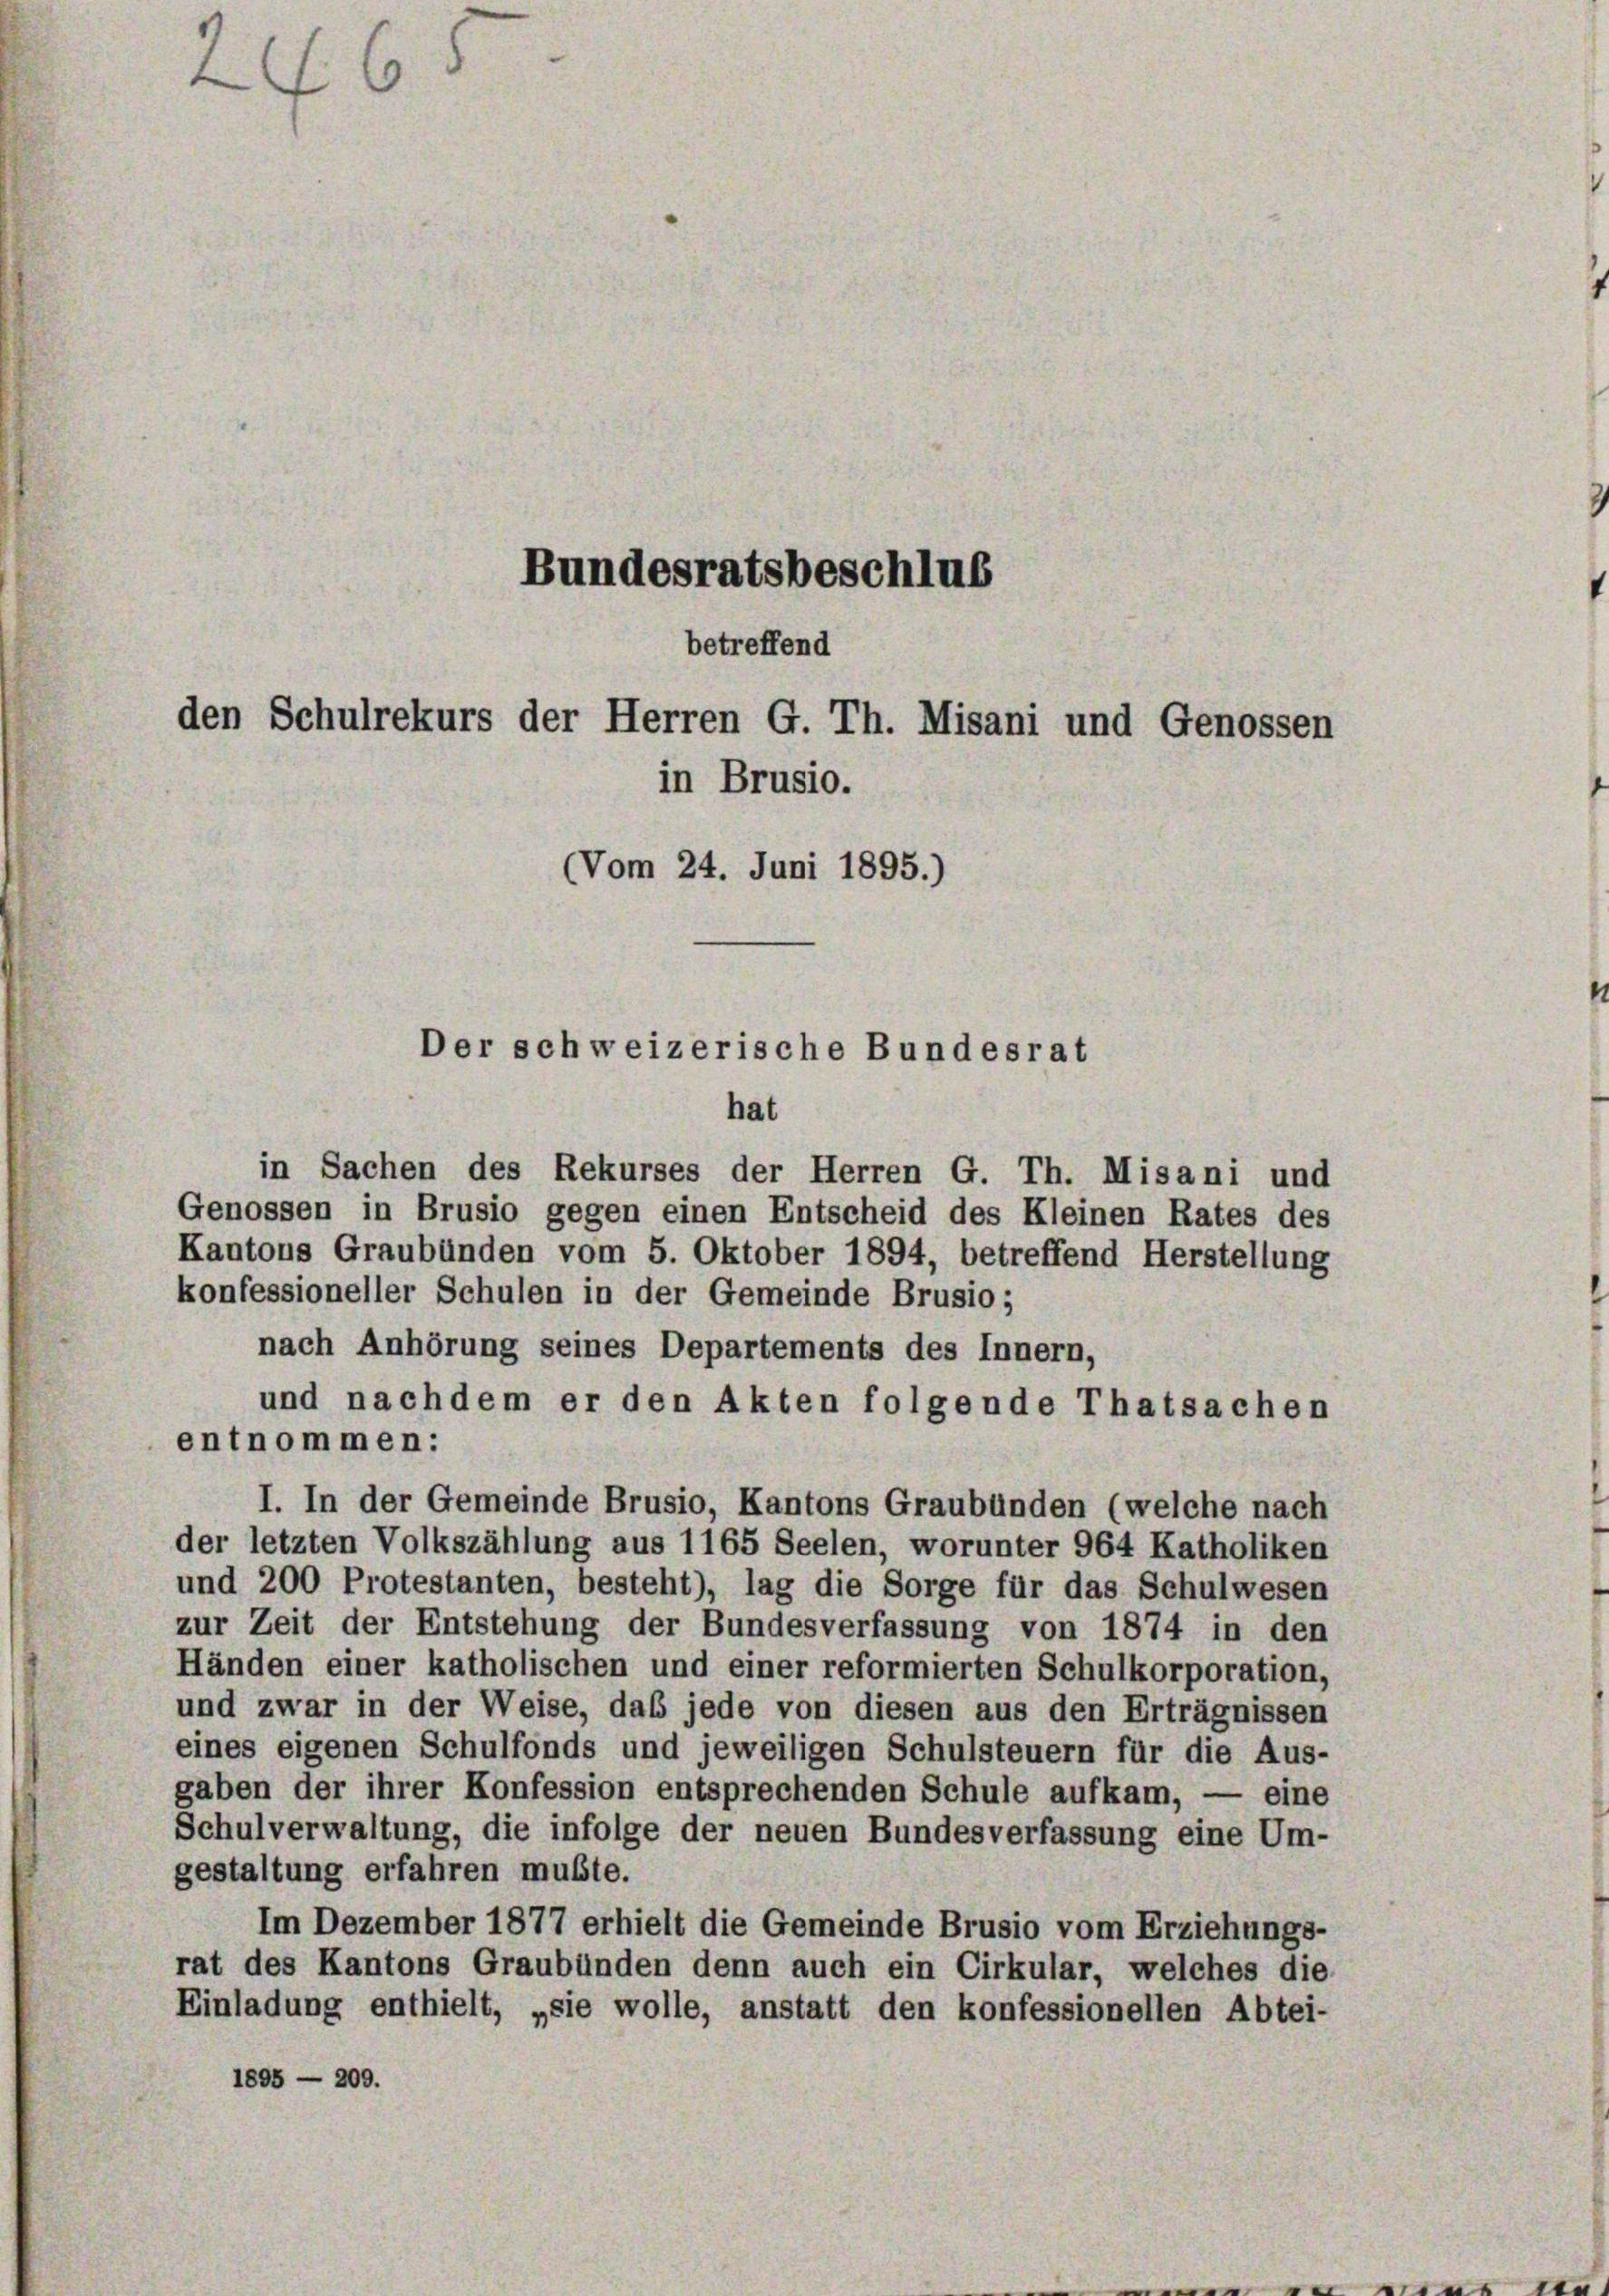
468
Bundesratsbeschlus

den Schulrekurs der Herren G. Th. Misani und Genossen
in Brusio.
Vom 24. Juni 1895.)

betreffend

Der schweizerische Bundesrat

hat

in Sachen des Rekurses der Herren G. Th. Misani und
Genossen in Brusio gegen einen Entscheid des Kleinen Rates des
Kantons Graubünden vom 5. Oktober 1894, betreffend Herstellung
konfessioneller Schulen in der Gemeinde Brusio;
nach Anhörung seines Departements des Innern,
und nachdem er den Akten folgende Thatsachen
entnommen:
I. In der Gemeinde Brusio, Kantons Graubünden (welche nach
der letzten Volkszählung aus 1165 Seelen, worunter 964 Katholiken
und 200 Protestanten, besteht), lag die Sorge für das Schulwesen
zur Zeit der Entstehung der Bundesverfassung von 1874 in den
Händen einer katholischen und einer reformierten Schulkorporation,
und zwar in der Weise, daß jede von diesen aus den Erträgnissen
eines eigenen Schulfonds und jeweiligen Schulsteuern für die Aus-
gaben der ihrer Konfession entsprechenden Schule aufkam, — eine
Schulverwaltung, die infolge der neuen Bundesverfassung eine Um-
gestaltung erfahren mußte.
Im Dezember 1877 erhielt die Gemeinde Brusio vom Erziehungs-
rat des Kantons Graubünden denn auch ein Cirkular, welches die
Einladung enthielt, „sie wolle, anstatt den konfessionellen Abtei-
1895 - 200.